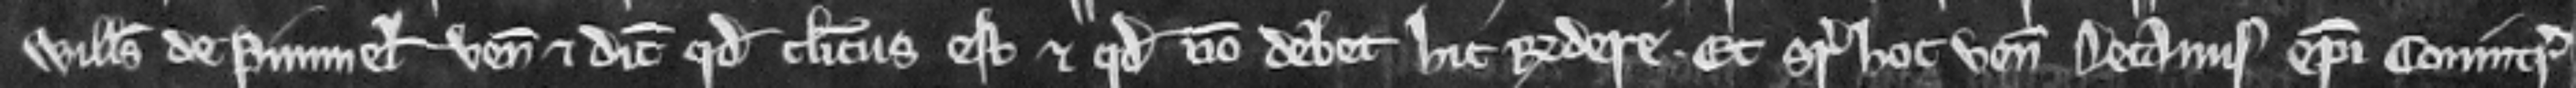
Willelmus de Pimmel venit et dicit quod clericus est et quod non debet hic respondere. Et super hoc venit Decanus Episcopi Covintr